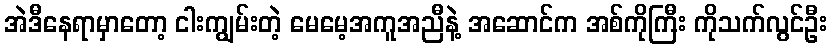
အဲဒီနေရာမှာတော့ ငါးကျွမ်းတဲ့ မေမေ့အကူအညီနဲ့ အဆောင်က အစ်ကိုကြီး ကိုသက်လွင်ဦး